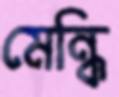
মেন্ধি